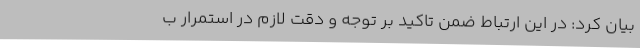
بیان کرد: در این ارتباط ضمن تاکید بر توجه و دقت لازم در استمرار ب